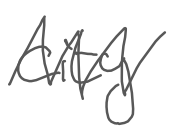
Text: city
Cross-out: zig-zag
Writing tool: digital_gray